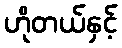
ဟိုတယ်နှင့်